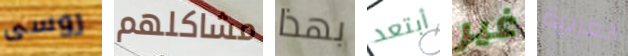
روسى مشاكلهم بهذا أبتعد غير العربية